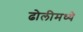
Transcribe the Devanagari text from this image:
ढोलीमध्ये